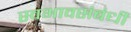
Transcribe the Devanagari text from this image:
स्वभावसंबंधी